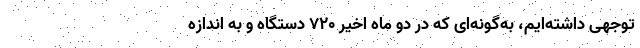
توجهی داشته‌ایم، به‌گونه‌ای که در دو ماه اخیر ۷۲۰ دستگاه و به اندازه